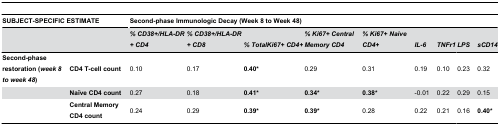
<table><thead><tr><td colspan="2"><b>SUBJECT-SPECIFIC ESTIMATE</b></td><td colspan="9"><b>Second-phase Immunologic Decay (Week 8 to Week 48)</b></td></tr><tr><td colspan="2"></td><td><b><i>% CD38+/HLA-DR+ CD4</i></b></td><td><b><i>% CD38+/HLA-DR+ CD8</i></b></td><td><b><i>% TotalKi67+ CD4+</i></b></td><td><b><i>% Ki67+ Central Memory CD4</i></b></td><td><b><i>% Ki67+ Naive CD4+</i></b></td><td><b><i>IL-6</i></b></td><td><b><i>TNFr1</i></b></td><td><b><i>LPS</i></b></td><td><b><i>sCD14</i></b></td></tr></thead><tbody><tr><td><b>Second-phase restoration (<i>week 8 to week 48</i>)</b></td><td><b>CD4 T-cell count</b></td><td>0.10</td><td>0.17</td><td><b>0.40*</b></td><td>0.29</td><td>0.31</td><td>0.19</td><td>0.10</td><td>0.23</td><td>0.32</td></tr><tr><td></td><td><b>Naïve CD4 count</b></td><td>0.27</td><td>0.18</td><td><b>0.41*</b></td><td><b>0.34*</b></td><td><b>0.38*</b></td><td>-0.01</td><td>0.22</td><td>0.29</td><td>0.15</td></tr><tr><td></td><td><b>Central Memory CD4 count</b></td><td>0.24</td><td>0.29</td><td><b>0.39*</b></td><td><b>0.39*</b></td><td>0.28</td><td>0.22</td><td>0.21</td><td>0.16</td><td><b>0.40*</b></td></tr></tbody></table>